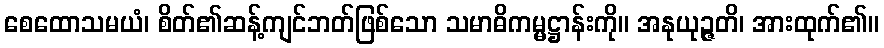
စေထောသမယံ၊ စိတ်၏ဆန့်ကျင်ဘတ်ဖြစ်သော သမာဓိကမ္မဋ္ဌာန်းကို။ အနုယုဉ္ဇတိ၊ အားထုက်၏။